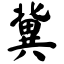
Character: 冀